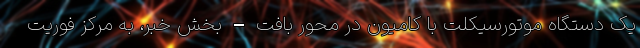
یک دستگاه موتورسیکلت با کامیون در محور بافت – بخش خَبر، به مرکز فوریت